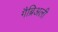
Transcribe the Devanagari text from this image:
गैब्रिअली